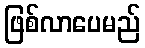
ဖြစ်လာပေမည်